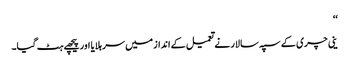
‘‘
ینی چری کے سپہ سالار نے تعمیل کے انداز میں سر ہلایا اور پیچھے ہٹ گیا۔